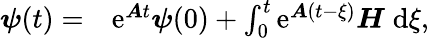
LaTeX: \begin{array}{rl}{\boldsymbol{\psi}(t)=}&{{}\mathrm{e}^{\boldsymbol{A}t}\boldsymbol{\psi}(0)+\int_{0}^{t}\mathrm{e}^{\boldsymbol{A}(t-\xi)}\boldsymbol{H}\; \mathrm{d}\xi,}\end{array}